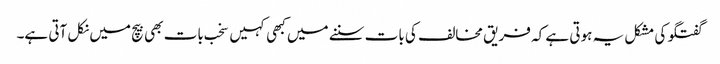
گفتگو کی مشکل یہ ہوتی ہے کہ فریق مخالف کی بات سننے میں کبھی کہیں سخب بات بھی بیچ میں نکل آتی ہے۔